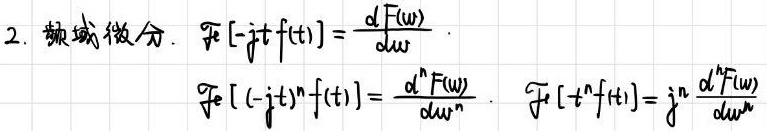
2. 频域微分. $\mathcal{F}[-jtf(t)] = \frac{dF(\omega)}{d\omega}$
$\mathcal{F}[(-jt)^nf(t)] = \frac{d^nF(\omega)}{d\omega^n}$. $\mathcal{F}[t^nf(t)] = j^n\frac{d^nF(\omega)}{d\omega^n}$